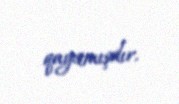
qayıtmışdır.